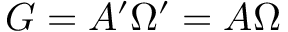
G = A ^ { \prime } \Omega ^ { \prime } = A \Omega